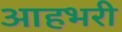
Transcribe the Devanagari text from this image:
आहभरी